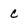
Character: c